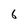
Character: 6